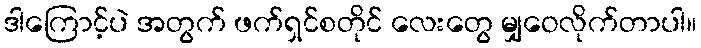
ဒါကြောင့်ပဲ အတွက် ဖက်ရှင်စတိုင် လေးတွေ မျှဝေလိုက်တာပါ။